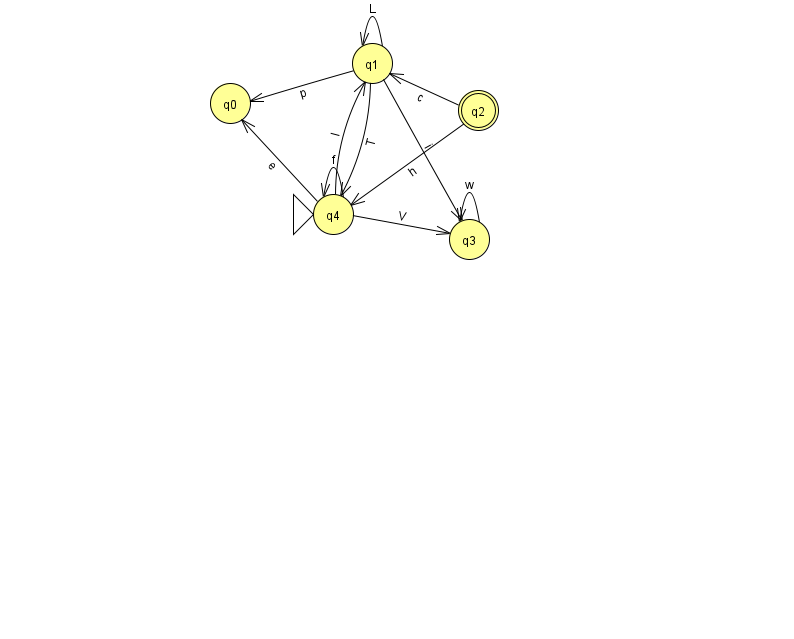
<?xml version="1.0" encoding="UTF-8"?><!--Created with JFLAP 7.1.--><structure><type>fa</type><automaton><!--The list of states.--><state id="0" name="q0"><x>230.0</x><y>90.0</y></state><state id="1" name="q1"><x>372.0</x><y>50.0</y></state><state id="2" name="q2"><x>478.0</x><y>97.0</y><final/></state><state id="3" name="q3"><x>469.0</x><y>226.0</y></state><state id="4" name="q4"><x>333.0</x><y>201.0</y><initial/></state><!--The list of transitions.--><transition><from>1</from><to>0</to><read>p</read></transition><transition><from>4</from><to>1</to><read>l</read></transition><transition><from>4</from><to>4</to><read>f</read></transition><transition><from>3</from><to>3</to><read>w</read></transition><transition><from>1</from><to>4</to><read>T</read></transition><transition><from>4</from><to>0</to><read>e</read></transition><transition><from>2</from><to>1</to><read>c</read></transition><transition><from>1</from><to>1</to><read>L</read></transition><transition><from>2</from><to>4</to><read>h</read></transition><transition><from>4</from><to>3</to><read>V</read></transition><transition><from>1</from><to>3</to><read>i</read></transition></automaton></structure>